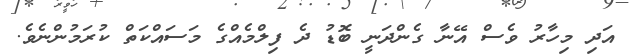
އަދި މިހާރު ވެސް އޭނާ ގެންދަނީ ބޮޑު ދެ ފިލްމެއްގެ މަސައްކަތް ކުރަމުންނެވެ.